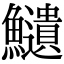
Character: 𩽎